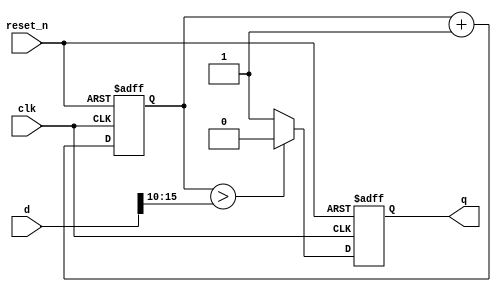
//
// Simple PWM DAC
//

module pwm_dac #(parameter signalwidth=16,parameter pwmwidth=6)
(
   input clk,
   input reset_n,
   input [signalwidth-1:0] d,
   output q
);

reg q_reg;
assign q=q_reg;

reg [pwmwidth-1:0] pwmcounter;

always @(posedge clk or negedge reset_n) begin
   if(!reset_n) begin
      q_reg <= 1'b0;
			pwmcounter<={pwmwidth{1'b0}};
   end else begin
			pwmcounter<=pwmcounter+1'b1;
			if(pwmcounter > d[signalwidth-1:signalwidth-pwmwidth])
				q_reg<=1'b0;
			else
				q_reg<=1'b1;
   end
end

endmodule